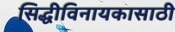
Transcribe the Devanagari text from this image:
सिद्धीविनायकासाठी